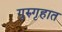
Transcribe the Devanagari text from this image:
गुरुगृहात